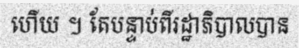
ហើយ ។ តែបន្ទាប់ពីរដ្ឋាភិបាលបាន